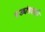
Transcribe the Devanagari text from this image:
षड्यंत्रवादी